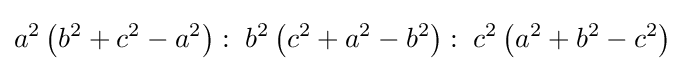
a^{2}\left(b^{2}+c^{2}-a^{2}\right):\;b^{2}\left(c^{2}+a^{2}-b^{2}\right):\;c^{2}\left(a^{2}+b^{2}-c^{2}\right)